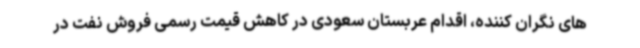
های نگران کننده، اقدام عربستان سعودی در کاهش قیمت رسمی فروش نفت در